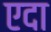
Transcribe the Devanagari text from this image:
एदा